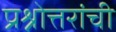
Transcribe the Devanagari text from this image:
प्रश्नोत्तरांची